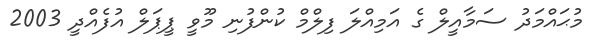
މުޙައްމަދު ސަމާއީލް ގެ އަމިއްލަ ފިލްމް ކުންފުނި މޫވީ ޕީޕަލް އުފެއްދީ 2003